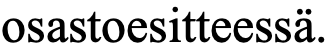
osastoesitteessä.